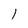
Character: l